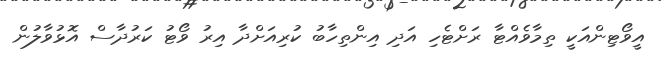
އީވޯޓިންއަކީ ތިމާވެއްޓާ ރަށްޓެހި އަދި އިންތިހާބު ކުރިއަށްދާ އިރު ވޯޓު ކަރުދާސް އޮޅުވާލުން